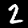
Label: 2